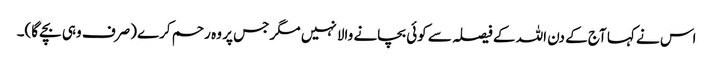
اس نے کہا آج کے دن اللہ کے فیصلہ سے کوئی بچانے والا نہیں مگر جس پر وہ رحم کرے (صرف وہی بچے گا)۔